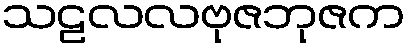
သဠလလဗုဇဘုဇက